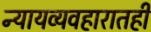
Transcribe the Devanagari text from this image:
न्यायव्यवहारातही